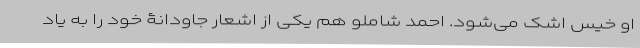
او خیس اشک می‌شود. احمد شاملو هم یکی از اشعار جاودانۀ خود را به یاد